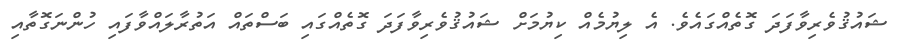
ޝައުޤުވެރިވާފަދަ ގޮތެއްގައެވެ. އެ ލިޔުމެއް ކިޔުމަށް ޝައުޤުވެރިވާފަދަ ގޮތެއްގައި ބަސްތައް އަތުރާލައްވާފައި ހުންނަގޮތާއި